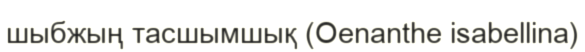
шыбжың тасшымшық (Oenanthe isabellina)